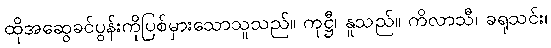
ထိုအဆွေခင်ပွန်းကိုပြစ်မှားသောသူသည်။ ကုဋ္ဌီ၊ နူသည်။ ကိလာသီ၊ ခရုသင်း၊